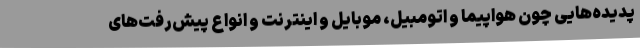
پدیده‌هایی چون هواپیما و اتومبیل، موبایل و اینترنت و انواع پیش‌رفت‌های